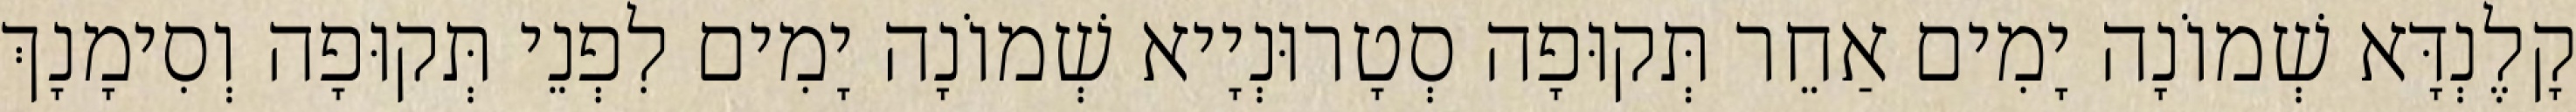
קָלֶנְדָּא שְׁמוֹנָה יָמִים אַחֵר תְּקוּפָה סְטָרוּנְיָיא שְׁמוֹנָה יָמִים לִפְנֵי תְּקוּפָה וְסִימָנָךְ